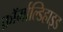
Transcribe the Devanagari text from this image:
फ़ॉर्माल्डिहाइड